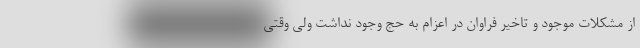
از مشکلات موجود و تاخیر فراوان در اعزام به حج وجود نداشت ولی وقتی